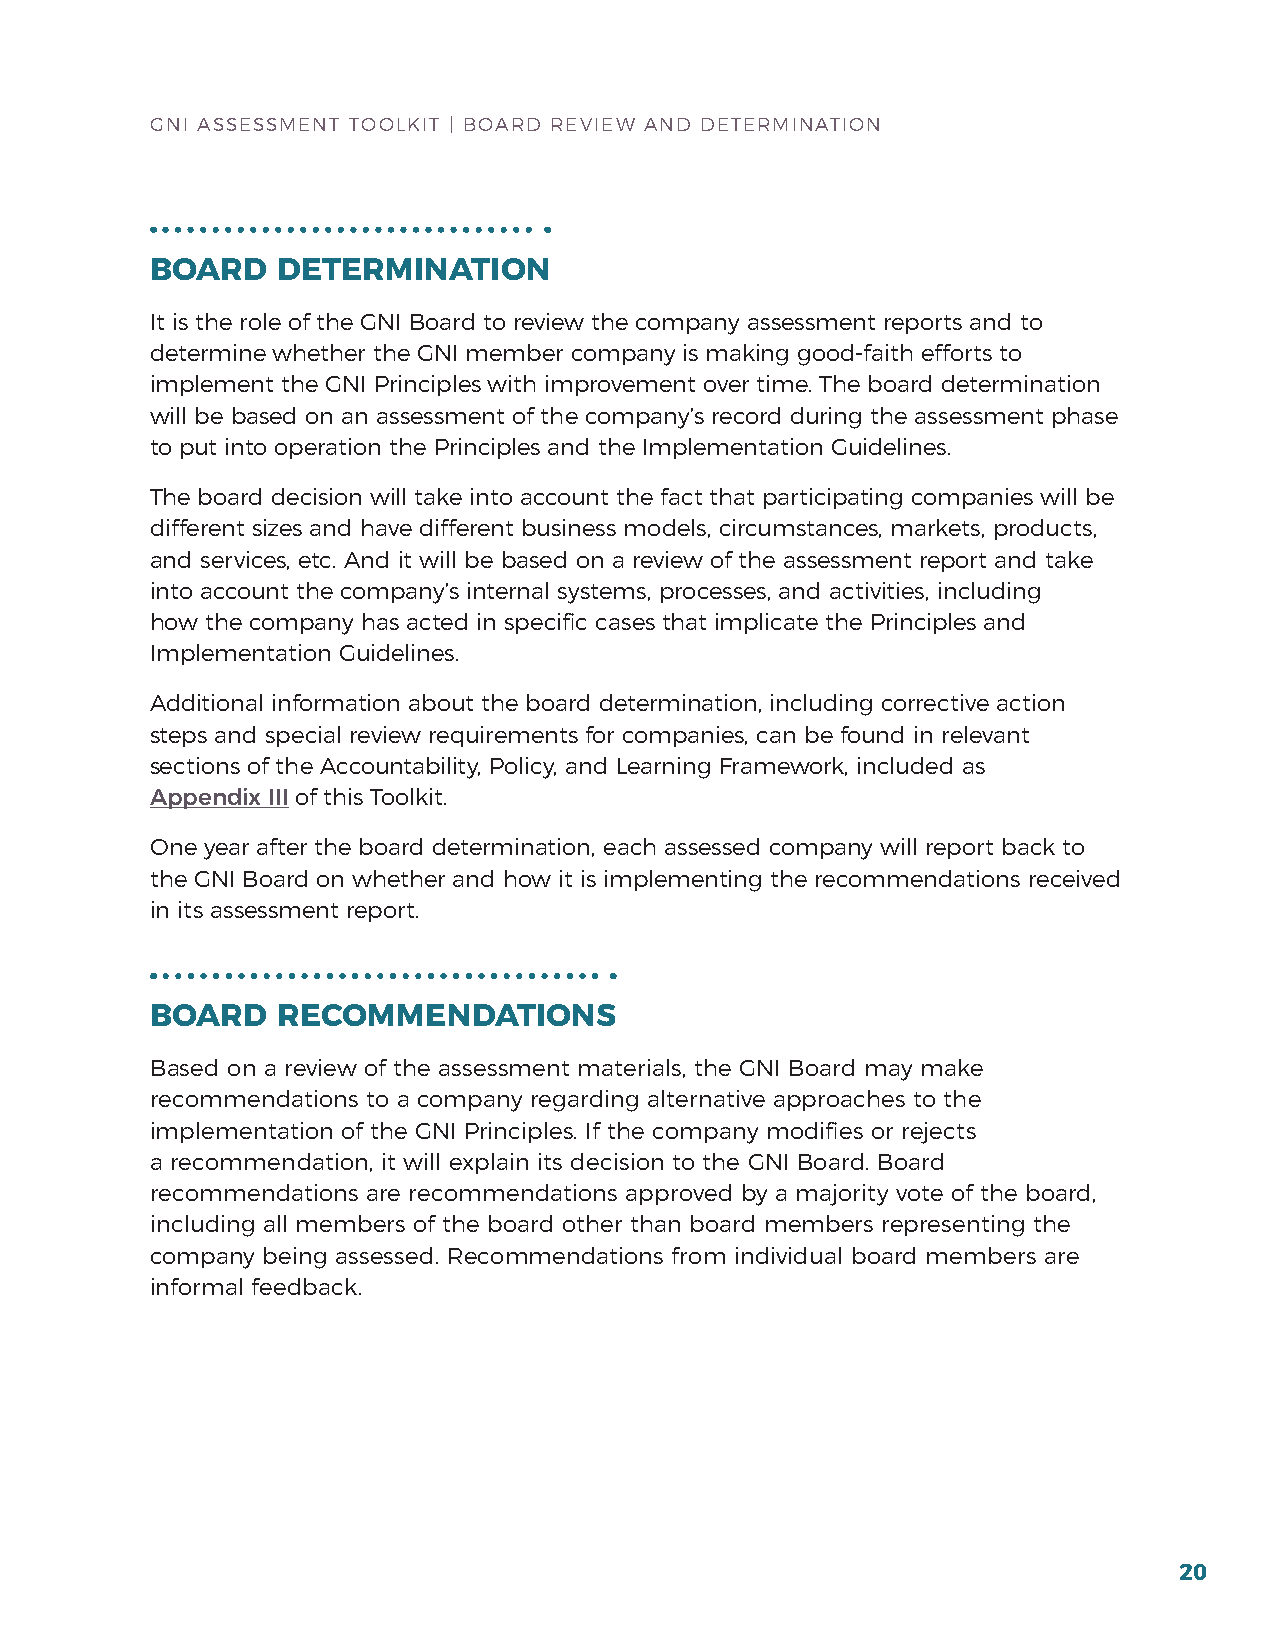
GNI ASSESSMENT TOOLKIT | bOArD rEVIEW AND DETErMINATION
 BOARD   DETERMINATION
 It is the role of the GNI board to review the company assessment reports and to
 determine whether the GNI member company is making good-faith efforts to
 implement the GNI Principles with improvement over time. The board determination
 will be based on an assessment of the company’s record during the assessment phase
 to put into operation the Principles and the Implementation Guidelines.
 The board decision will take into account the fact that participating companies will be
 different sizes and have different business models, circumstances, markets, products,
 and services, etc. And it will be based on a review of the assessment report and take
 into account the company’s internal systems, processes, and activities, including
 how the company has acted in specific cases that implicate the Principles and
 Implementation Guidelines.
 Additional information about the board determination, including corrective action
 steps and special review requirements for companies, can be found in relevant
 sections of the Accountability, Policy, and Learning framework, included as
 Appendix III of this Toolkit.
 One year after the board determination, each assessed company will report back to
 the GNI board on whether and how it is implementing the recommendations received
 in its assessment report.
 BOARD   RECOMMENDATIONS
 based on a review of the assessment materials, the GNI board may make
 recommendations to a company regarding alternative approaches to the
 implementation of the GNI Principles. If the company modifies or rejects
 a recommendation, it will explain its decision to the GNI board. board
 recommendations are recommendations approved by a majority vote of the board,
 including all members of the board other than board members representing the
 company being assessed. recommendations from individual board members are
 informal feedback.
 20